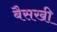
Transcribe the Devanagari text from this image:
बैसखी